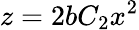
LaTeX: z=2bC_{2}x^{2}